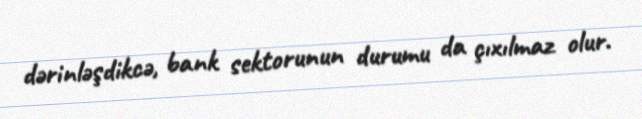
dərinləşdikcə, bank sektorunun durumu da çıxılmaz olur.